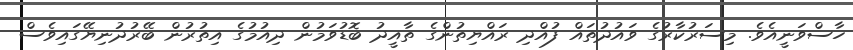
ހާސްވަނީއެވެ. މިސަރުކާރުގެ ވައުދުތައް ފުއްދި ރައްޔިތުންގެ ތާއީދު ބޮޑުވަމުން ދިއުމުގެ އިތުރުން ބޭރުދުނިޔޭގައިވެސް